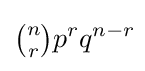
{\tbinom {n}{r}}p^{r}q^{n-r}\!